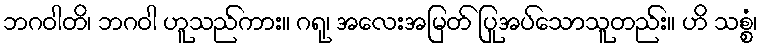
ဘဂဝါတိ၊ ဘဂဝါ ဟူသည်ကား။ ဂရု၊ အလေးအမြတ် ပြုအပ်သောသူတည်း။ ဟိ သစ္စံ၊